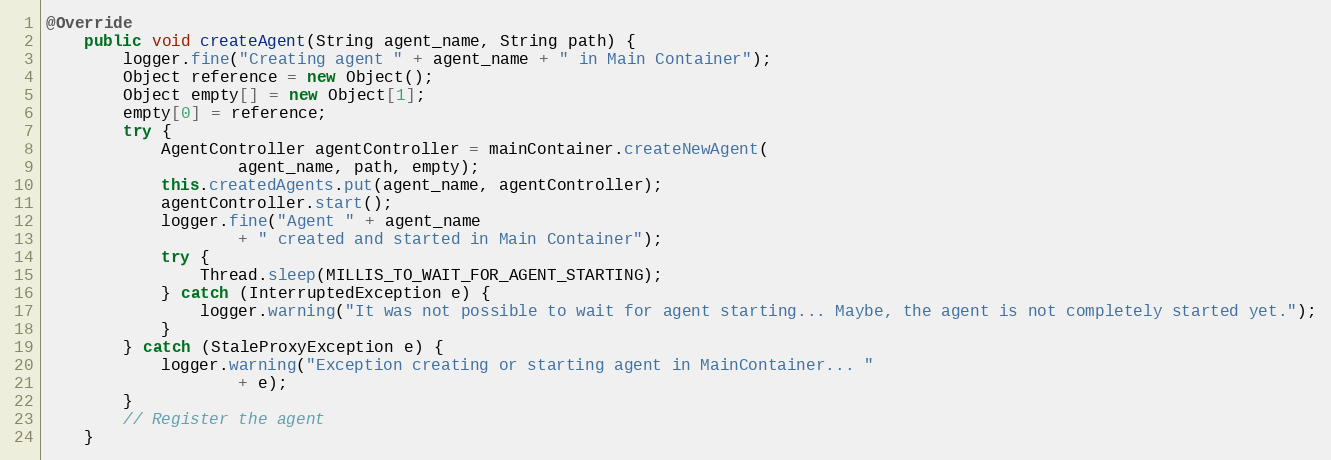
Language: Java
@Override
    public void createAgent(String agent_name, String path) {
        logger.fine("Creating agent " + agent_name + " in Main Container");
        Object reference = new Object();
        Object empty[] = new Object[1];
        empty[0] = reference;
        try {
            AgentController agentController = mainContainer.createNewAgent(
                    agent_name, path, empty);
            this.createdAgents.put(agent_name, agentController);
            agentController.start();
            logger.fine("Agent " + agent_name
                    + " created and started in Main Container");
            try {
                Thread.sleep(MILLIS_TO_WAIT_FOR_AGENT_STARTING);
            } catch (InterruptedException e) {
                logger.warning("It was not possible to wait for agent starting... Maybe, the agent is not completely started yet.");
            }
        } catch (StaleProxyException e) {
            logger.warning("Exception creating or starting agent in MainContainer... "
                    + e);
        }
        // Register the agent
    }